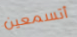
أتسمعين